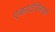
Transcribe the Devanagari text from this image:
एकाटेरिनवर्ग